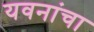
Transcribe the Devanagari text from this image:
यवनांचा